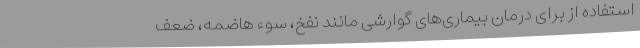
استفاده از برای درمان بیماری‌های گوارشی مانند نفخ، سوء هاضمه، ضعف